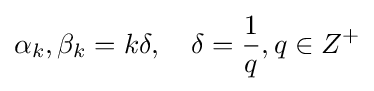
\alpha _{k},\beta _{k}=k\delta ,\quad \delta ={\frac {1}{q}},q\in Z^{+}